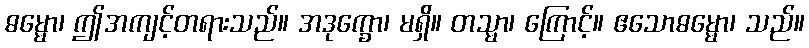
ဓမ္မော၊ ဤအကျင့်တရားသည်။ အဒုက္ခော၊ မရှိ။ တသ္မာ၊ ကြောင့်။ ဧသောဓမ္မော၊ သည်။